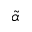
\tilde { \alpha }